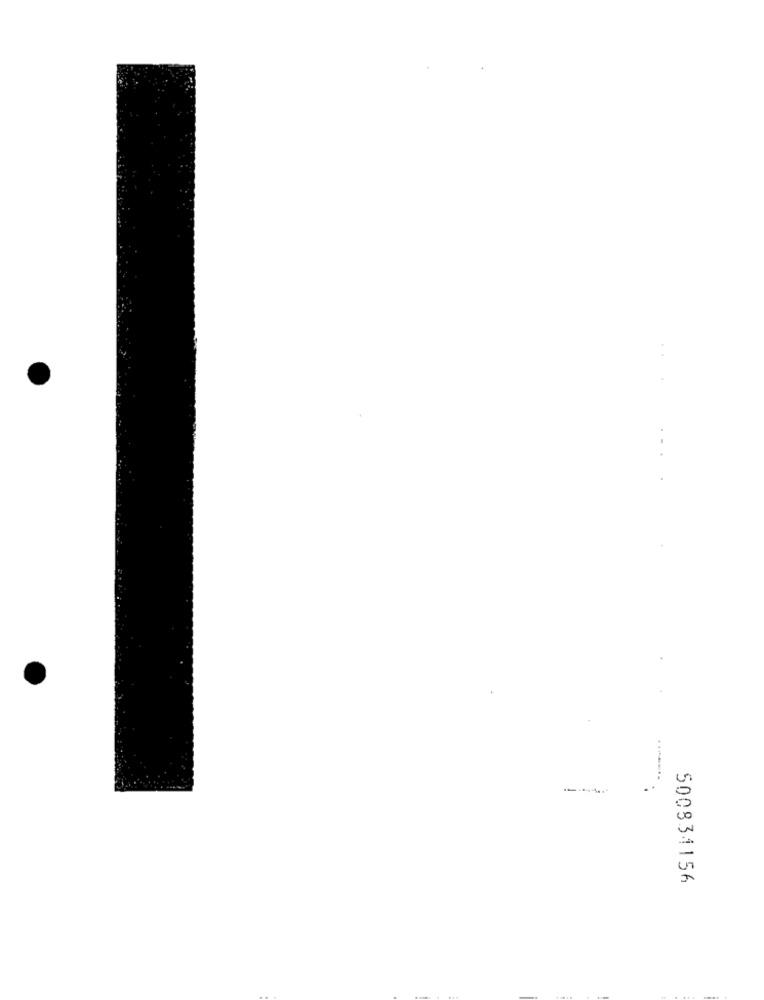
٠٠
500831156